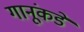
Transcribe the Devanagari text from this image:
गानूंकडे